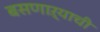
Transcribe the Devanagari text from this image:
बसणाऱ्याची